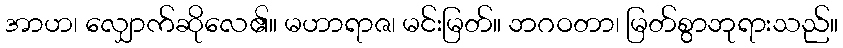
အာဟ၊ လျှောက်ဆိုလေ၏။ မဟာရာဇ၊ မင်းမြတ်။ ဘဂဝတာ၊ မြတ်စွာဘုရားသည်။